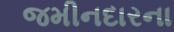
જમીનદારના